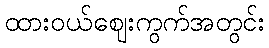
ထားဝယ်ဈေးကွက်အတွင်း